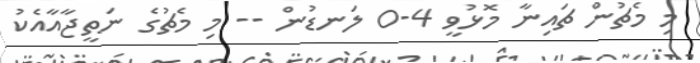
މި މެޗުން ޗައިނާ މޮޅުވީ 4-0 ލަނޑުން -- މި މެޗުގެ ނަތީޖާއާއެކު